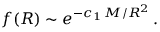
f ( R ) \sim e ^ { - c _ { 1 } \, M / R ^ { 2 } } \, .